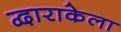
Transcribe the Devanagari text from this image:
द्वाराकेला